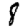
Digit: 8